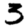
Digit: 3